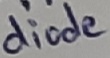
Text: diode